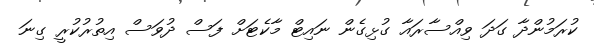
ކުރަމުންދާ ގަދަ ވިއްސާރައާ ގުޅިގެން ނައިޓް މާކެޓަށް ފަސް ދުވަސް އިތުރުކުރީ ގިނަ